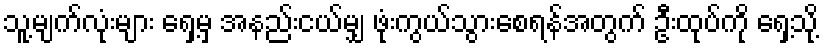
သူ့မျက်လုံးများ ရှေ့မှ အနည်းငယ်မျှ ဖုံးကွယ်သွားစေရန်အတွက် ဦးထုပ်ကို ရှေ့သို့